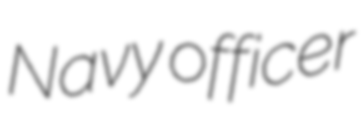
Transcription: Navy officer